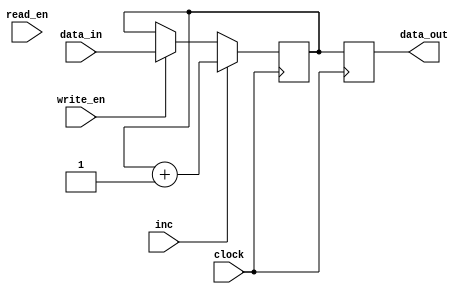
module PC(clock, data_out, data_in, read_en, write_en, inc);

	input clock,read_en, write_en,inc;
	input [15:0] data_in;
	output reg[15:0] data_out;
	
	reg[15:0] data_store;
	
	initial begin
	data_store <= 16'd1;
	end
	 
	always @(posedge clock)
	begin
	
	if(write_en == 1)
	data_store <= data_in;

	if(read_en == 1)
	data_out <= data_store;

	
	if(inc == 1)
	data_store <= data_store + 16'd1;
	data_out <= data_store;

end

endmodule